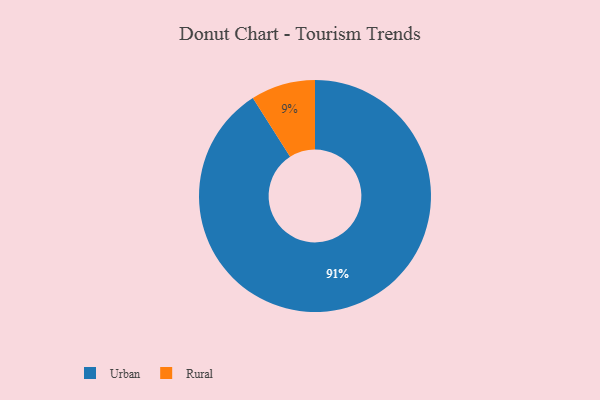
{"axis": {"x": "Category", "y": "Percentage"}, "legend": ["Rural", "Urban"], "data": [{"x": "Rural", "y": 9, "type": "Rural"}, {"x": "Urban", "y": 91, "type": "Urban"}]}